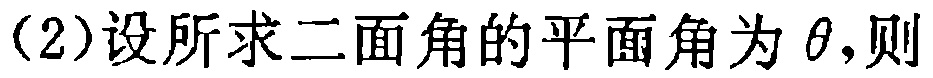
(2)设所求二面角的平面角为\(\theta\),则